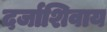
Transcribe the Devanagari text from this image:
दर्जाशिवाय